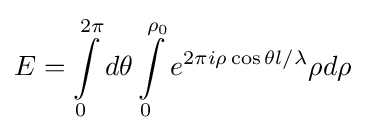
E=\int \limits _{0}^{2\pi }d\theta \int \limits _{0}^{\rho _{0}}e^{2\pi i\rho \cos \theta l/\lambda }\rho d\rho